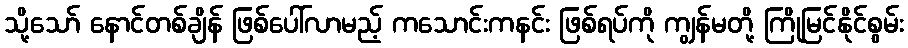
သို့သော် နောင်တစ်ချိန် ဖြစ်ပေါ်လာမည့် ကသောင်းကနင်း ဖြစ်ရပ်ကို ကျွန်မတို့ ကြိုမြင်နိုင်စွမ်း